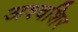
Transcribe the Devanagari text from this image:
अश्वशिर